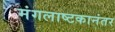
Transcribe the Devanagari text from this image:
मंगलाष्टकानंतर